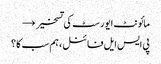
مائونٹ ایورسٹ کی تسخیر →
پی ایس ایل فائنل ، ہم سب کا ؟